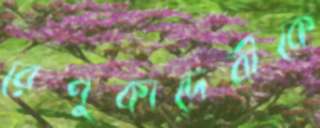
রেণুকাদেবীকে